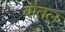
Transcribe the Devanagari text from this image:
बौतल